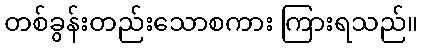
တစ်ခွန်းတည်းသောစကား ကြားရသည်။